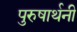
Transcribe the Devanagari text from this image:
पुरुषार्थनी